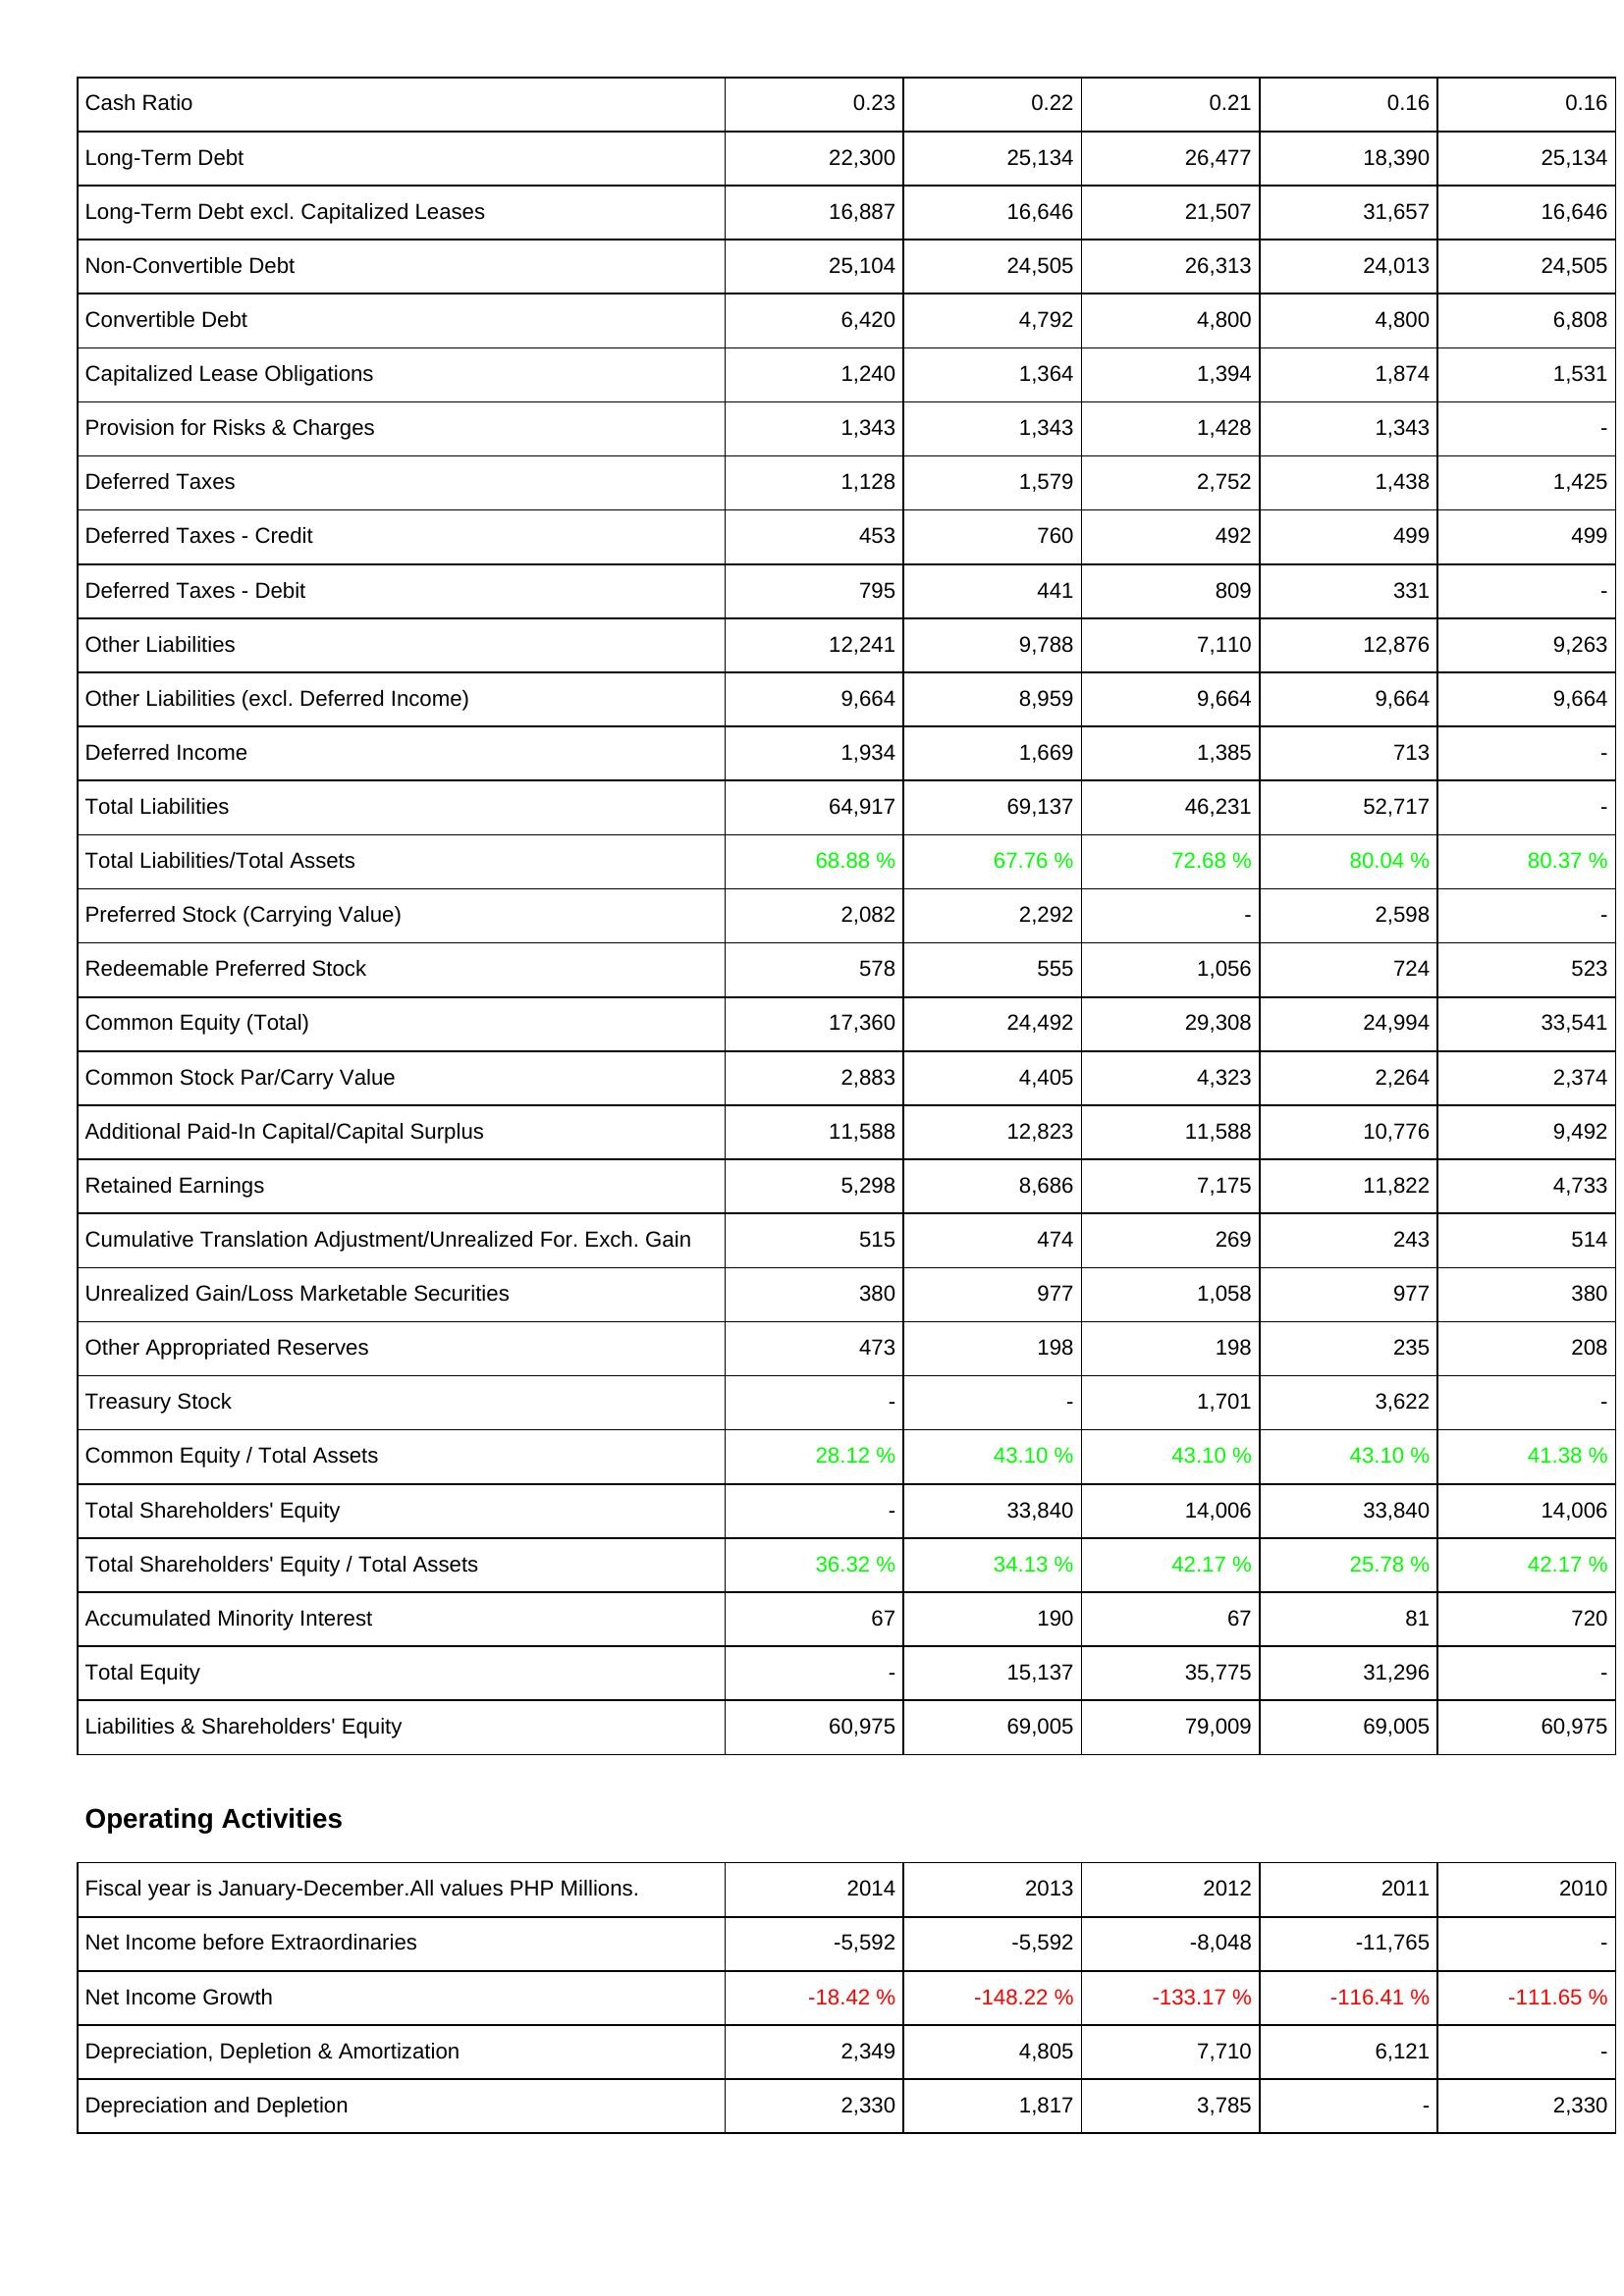
2014: Liabilities & Shareholders' Equity: Cash Ratio: 0.23
Long-Term Debt: 22,300
Long-Term Debt excl. Capitalized Leases: 16,887
Non-Convertible Debt: 25,104
Convertible Debt: 6,420
Capitalized Lease Obligations: 1,240
Provision for Risks & Charges: 1,343
Deferred Taxes: 1,128
Deferred Taxes - Credit: 453
Deferred Taxes - Debit: 795
Other Liabilities: 12,241
Other Liabilities (excl. Deferred Income): 9,664
Deferred Income: 1,934
Total Liabilities: 64,917
Total Liabilities/Total Assets: 68.88 %
Preferred Stock (Carrying Value): 2,082
Redeemable Preferred Stock: 578
Common Equity (Total): 17,360
Common Stock Par/Carry Value: 2,883
Additional Paid-In Capital/Capital Surplus: 11,588
Retained Earnings: 5,298
Cumulative Translation Adjustment/Unrealized For. Exch. Gain: 515
Unrealized Gain/Loss Marketable Securities: 380
Other Appropriated Reserves: 473
Treasury Stock: -
Common Equity / Total Assets: 28.12 %
Total Shareholders' Equity: -
Total Shareholders' Equity / Total Assets: 36.32 %
Accumulated Minority Interest: 67
Total Equity: -
Liabilities & Shareholders' Equity: 60,975
Operating Activities: Net Income before Extraordinaries: -5,592
Net Income Growth: -18.42 %
Depreciation, Depletion & Amortization: 2,349
Depreciation and Depletion: 2,330
2013: Liabilities & Shareholders' Equity: Cash Ratio: 0.22
Long-Term Debt: 25,134
Long-Term Debt excl. Capitalized Leases: 16,646
Non-Convertible Debt: 24,505
Convertible Debt: 4,792
Capitalized Lease Obligations: 1,364
Provision for Risks & Charges: 1,343
Deferred Taxes: 1,579
Deferred Taxes - Credit: 760
Deferred Taxes - Debit: 441
Other Liabilities: 9,788
Other Liabilities (excl. Deferred Income): 8,959
Deferred Income: 1,669
Total Liabilities: 69,137
Total Liabilities/Total Assets: 67.76 %
Preferred Stock (Carrying Value): 2,292
Redeemable Preferred Stock: 555
Common Equity (Total): 24,492
Common Stock Par/Carry Value: 4,405
Additional Paid-In Capital/Capital Surplus: 12,823
Retained Earnings: 8,686
Cumulative Translation Adjustment/Unrealized For. Exch. Gain: 474
Unrealized Gain/Loss Marketable Securities: 977
Other Appropriated Reserves: 198
Treasury Stock: -
Common Equity / Total Assets: 43.10 %
Total Shareholders' Equity: 33,840
Total Shareholders' Equity / Total Assets: 34.13 %
Accumulated Minority Interest: 190
Total Equity: 15,137
Liabilities & Shareholders' Equity: 69,005
Operating Activities: Net Income before Extraordinaries: -5,592
Net Income Growth: -148.22 %
Depreciation, Depletion & Amortization: 4,805
Depreciation and Depletion: 1,817
2012: Liabilities & Shareholders' Equity: Cash Ratio: 0.21
Long-Term Debt: 26,477
Long-Term Debt excl. Capitalized Leases: 21,507
Non-Convertible Debt: 26,313
Convertible Debt: 4,800
Capitalized Lease Obligations: 1,394
Provision for Risks & Charges: 1,428
Deferred Taxes: 2,752
Deferred Taxes - Credit: 492
Deferred Taxes - Debit: 809
Other Liabilities: 7,110
Other Liabilities (excl. Deferred Income): 9,664
Deferred Income: 1,385
Total Liabilities: 46,231
Total Liabilities/Total Assets: 72.68 %
Preferred Stock (Carrying Value): -
Redeemable Preferred Stock: 1,056
Common Equity (Total): 29,308
Common Stock Par/Carry Value: 4,323
Additional Paid-In Capital/Capital Surplus: 11,588
Retained Earnings: 7,175
Cumulative Translation Adjustment/Unrealized For. Exch. Gain: 269
Unrealized Gain/Loss Marketable Securities: 1,058
Other Appropriated Reserves: 198
Treasury Stock: 1,701
Common Equity / Total Assets: 43.10 %
Total Shareholders' Equity: 14,006
Total Shareholders' Equity / Total Assets: 42.17 %
Accumulated Minority Interest: 67
Total Equity: 35,775
Liabilities & Shareholders' Equity: 79,009
Operating Activities: Net Income before Extraordinaries: -8,048
Net Income Growth: -133.17 %
Depreciation, Depletion & Amortization: 7,710
Depreciation and Depletion: 3,785
2011: Liabilities & Shareholders' Equity: Cash Ratio: 0.16
Long-Term Debt: 18,390
Long-Term Debt excl. Capitalized Leases: 31,657
Non-Convertible Debt: 24,013
Convertible Debt: 4,800
Capitalized Lease Obligations: 1,874
Provision for Risks & Charges: 1,343
Deferred Taxes: 1,438
Deferred Taxes - Credit: 499
Deferred Taxes - Debit: 331
Other Liabilities: 12,876
Other Liabilities (excl. Deferred Income): 9,664
Deferred Income: 713
Total Liabilities: 52,717
Total Liabilities/Total Assets: 80.04 %
Preferred Stock (Carrying Value): 2,598
Redeemable Preferred Stock: 724
Common Equity (Total): 24,994
Common Stock Par/Carry Value: 2,264
Additional Paid-In Capital/Capital Surplus: 10,776
Retained Earnings: 11,822
Cumulative Translation Adjustment/Unrealized For. Exch. Gain: 243
Unrealized Gain/Loss Marketable Securities: 977
Other Appropriated Reserves: 235
Treasury Stock: 3,622
Common Equity / Total Assets: 43.10 %
Total Shareholders' Equity: 33,840
Total Shareholders' Equity / Total Assets: 25.78 %
Accumulated Minority Interest: 81
Total Equity: 31,296
Liabilities & Shareholders' Equity: 69,005
Operating Activities: Net Income before Extraordinaries: -11,765
Net Income Growth: -116.41 %
Depreciation, Depletion & Amortization: 6,121
Depreciation and Depletion: -
2010: Liabilities & Shareholders' Equity: Cash Ratio: 0.16
Long-Term Debt: 25,134
Long-Term Debt excl. Capitalized Leases: 16,646
Non-Convertible Debt: 24,505
Convertible Debt: 6,808
Capitalized Lease Obligations: 1,531
Provision for Risks & Charges: -
Deferred Taxes: 1,425
Deferred Taxes - Credit: 499
Deferred Taxes - Debit: -
Other Liabilities: 9,263
Other Liabilities (excl. Deferred Income): 9,664
Deferred Income: -
Total Liabilities: -
Total Liabilities/Total Assets: 80.37 %
Preferred Stock (Carrying Value): -
Redeemable Preferred Stock: 523
Common Equity (Total): 33,541
Common Stock Par/Carry Value: 2,374
Additional Paid-In Capital/Capital Surplus: 9,492
Retained Earnings: 4,733
Cumulative Translation Adjustment/Unrealized For. Exch. Gain: 514
Unrealized Gain/Loss Marketable Securities: 380
Other Appropriated Reserves: 208
Treasury Stock: -
Common Equity / Total Assets: 41.38 %
Total Shareholders' Equity: 14,006
Total Shareholders' Equity / Total Assets: 42.17 %
Accumulated Minority Interest: 720
Total Equity: -
Liabilities & Shareholders' Equity: 60,975
Operating Activities: Net Income before Extraordinaries: -
Net Income Growth: -111.65 %
Depreciation, Depletion & Amortization: -
Depreciation and Depletion: 2,330